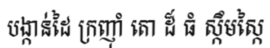
បង្កាន់ដៃ ក្រញ៉ាំ តោ ដ៏ ធំ ស្កឹមស្កៃ